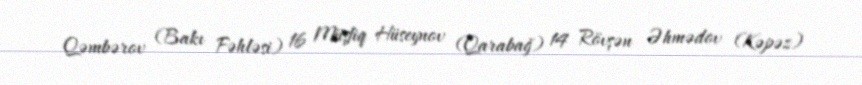
Qəmbərov (Bakı Fəhləsi) 16 Müşfiq Hüseynov (Qarabağ) 14 Rövşən Əhmədov (Kəpəz)